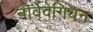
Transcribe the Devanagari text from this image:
नोर्वेवेगियन